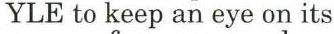
YLE to keep an eye on its